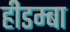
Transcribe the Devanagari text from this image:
हीडम्बा